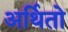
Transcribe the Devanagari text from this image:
अर्थितो